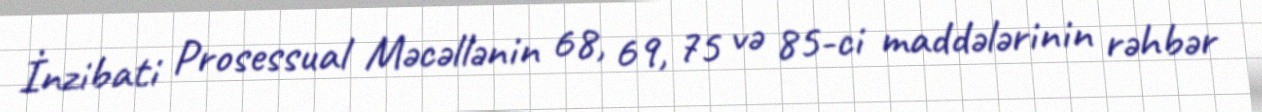
İnzibati Prosessual Məcəllənin 68, 69, 75 və 85-ci maddələrinin rəhbər